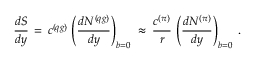
\frac { d S } { d y } \, = \, c ^ { ( q g ) } \, \left( \frac { d N ^ { ( q g ) } } { d y } \right) _ { b = 0 } \, \, \approx \, \frac { c ^ { ( \pi ) } } { r } \, \left( \frac { d N ^ { ( \pi ) } } { d y } \right) _ { b = 0 } \; .